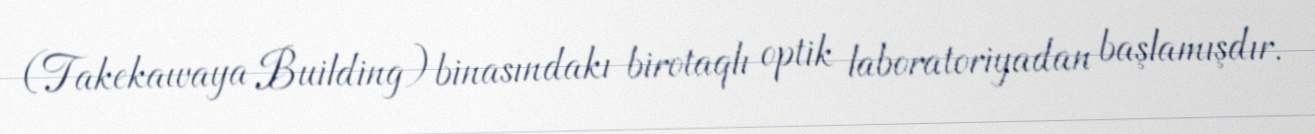
(Takekawaya Building) binasındakı birotaqlı optik laboratoriyadan başlamışdır.